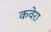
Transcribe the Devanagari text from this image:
कवेरा